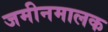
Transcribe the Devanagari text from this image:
जमीनमालक